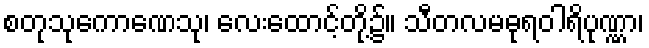
စတုသုကောဏေသု၊ လေးထောင့်တို့၌။ သီတလမဓုရဝါရိပုဏ္ဏာ၊